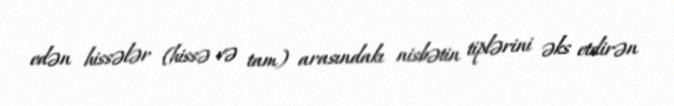
edən hissələr (hissə və tam) arasındakı nisbətin tiplərini əks etdirən